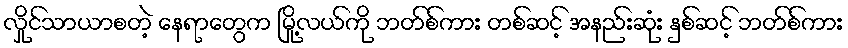
လှိုင်သာယာစတဲ့ နေရာတွေက မြို့လယ်ကို ဘတ်စ်ကား တစ်ဆင့် အနည်းဆုံး နှစ်ဆင့် ဘတ်စ်ကား